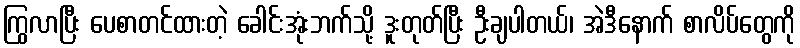
ကြွလာပြီး ပေစာတင်ထားတဲ့ ခေါင်းအုံးဘက်သို့ ဒူးတုတ်ပြီး ဦးချပါတယ်၊ အဲဒီနောက် စာလိပ်တွေကို